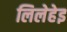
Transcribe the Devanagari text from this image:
लिलेहेइ